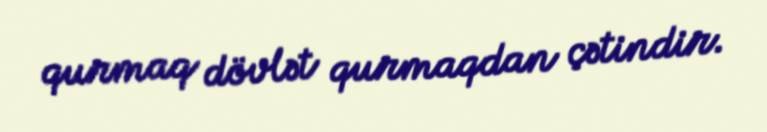
qurmaq dövlət qurmaqdan çətindir.